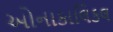
ઓનાકાલિકલ